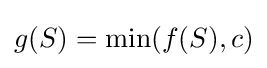
g(S)=\min(f(S),c)